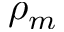
\rho _ { m }